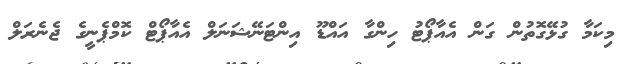
މިކަމާ ގުޅޭގޮތުން ގަން އެއާޕޯޓު ހިންގާ އައްޑޫ އިންޓަނޭޝަނަލް އެއާޕޯޓް ކޮމްޕެނީގެ ޖެނެރަލް